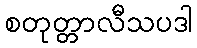
စတုတ္တာလီသပဒါ